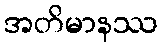
အတိမာနဿ